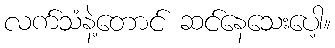
လက်သံနဲ့တောင် ဆင်နေသေးပေါ့။